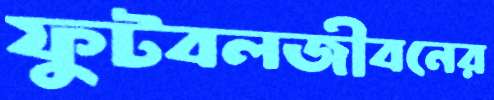
ফুটবলজীবনের